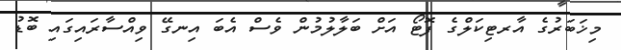
މިޚަބަރުގެ އާރޓިކަލްގެ ފޮޓޯ އަށް ބަލާލުމުން ވެސް އެބަ އިނގޭ ވިއްސާރައިގައި ބޮޑު